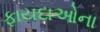
ફાયદાઓના